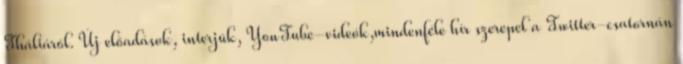
Tháliáról. Új előadások, interjúk, YouTube-videók,mindenféle hír szerepel a Twitter-csatornán